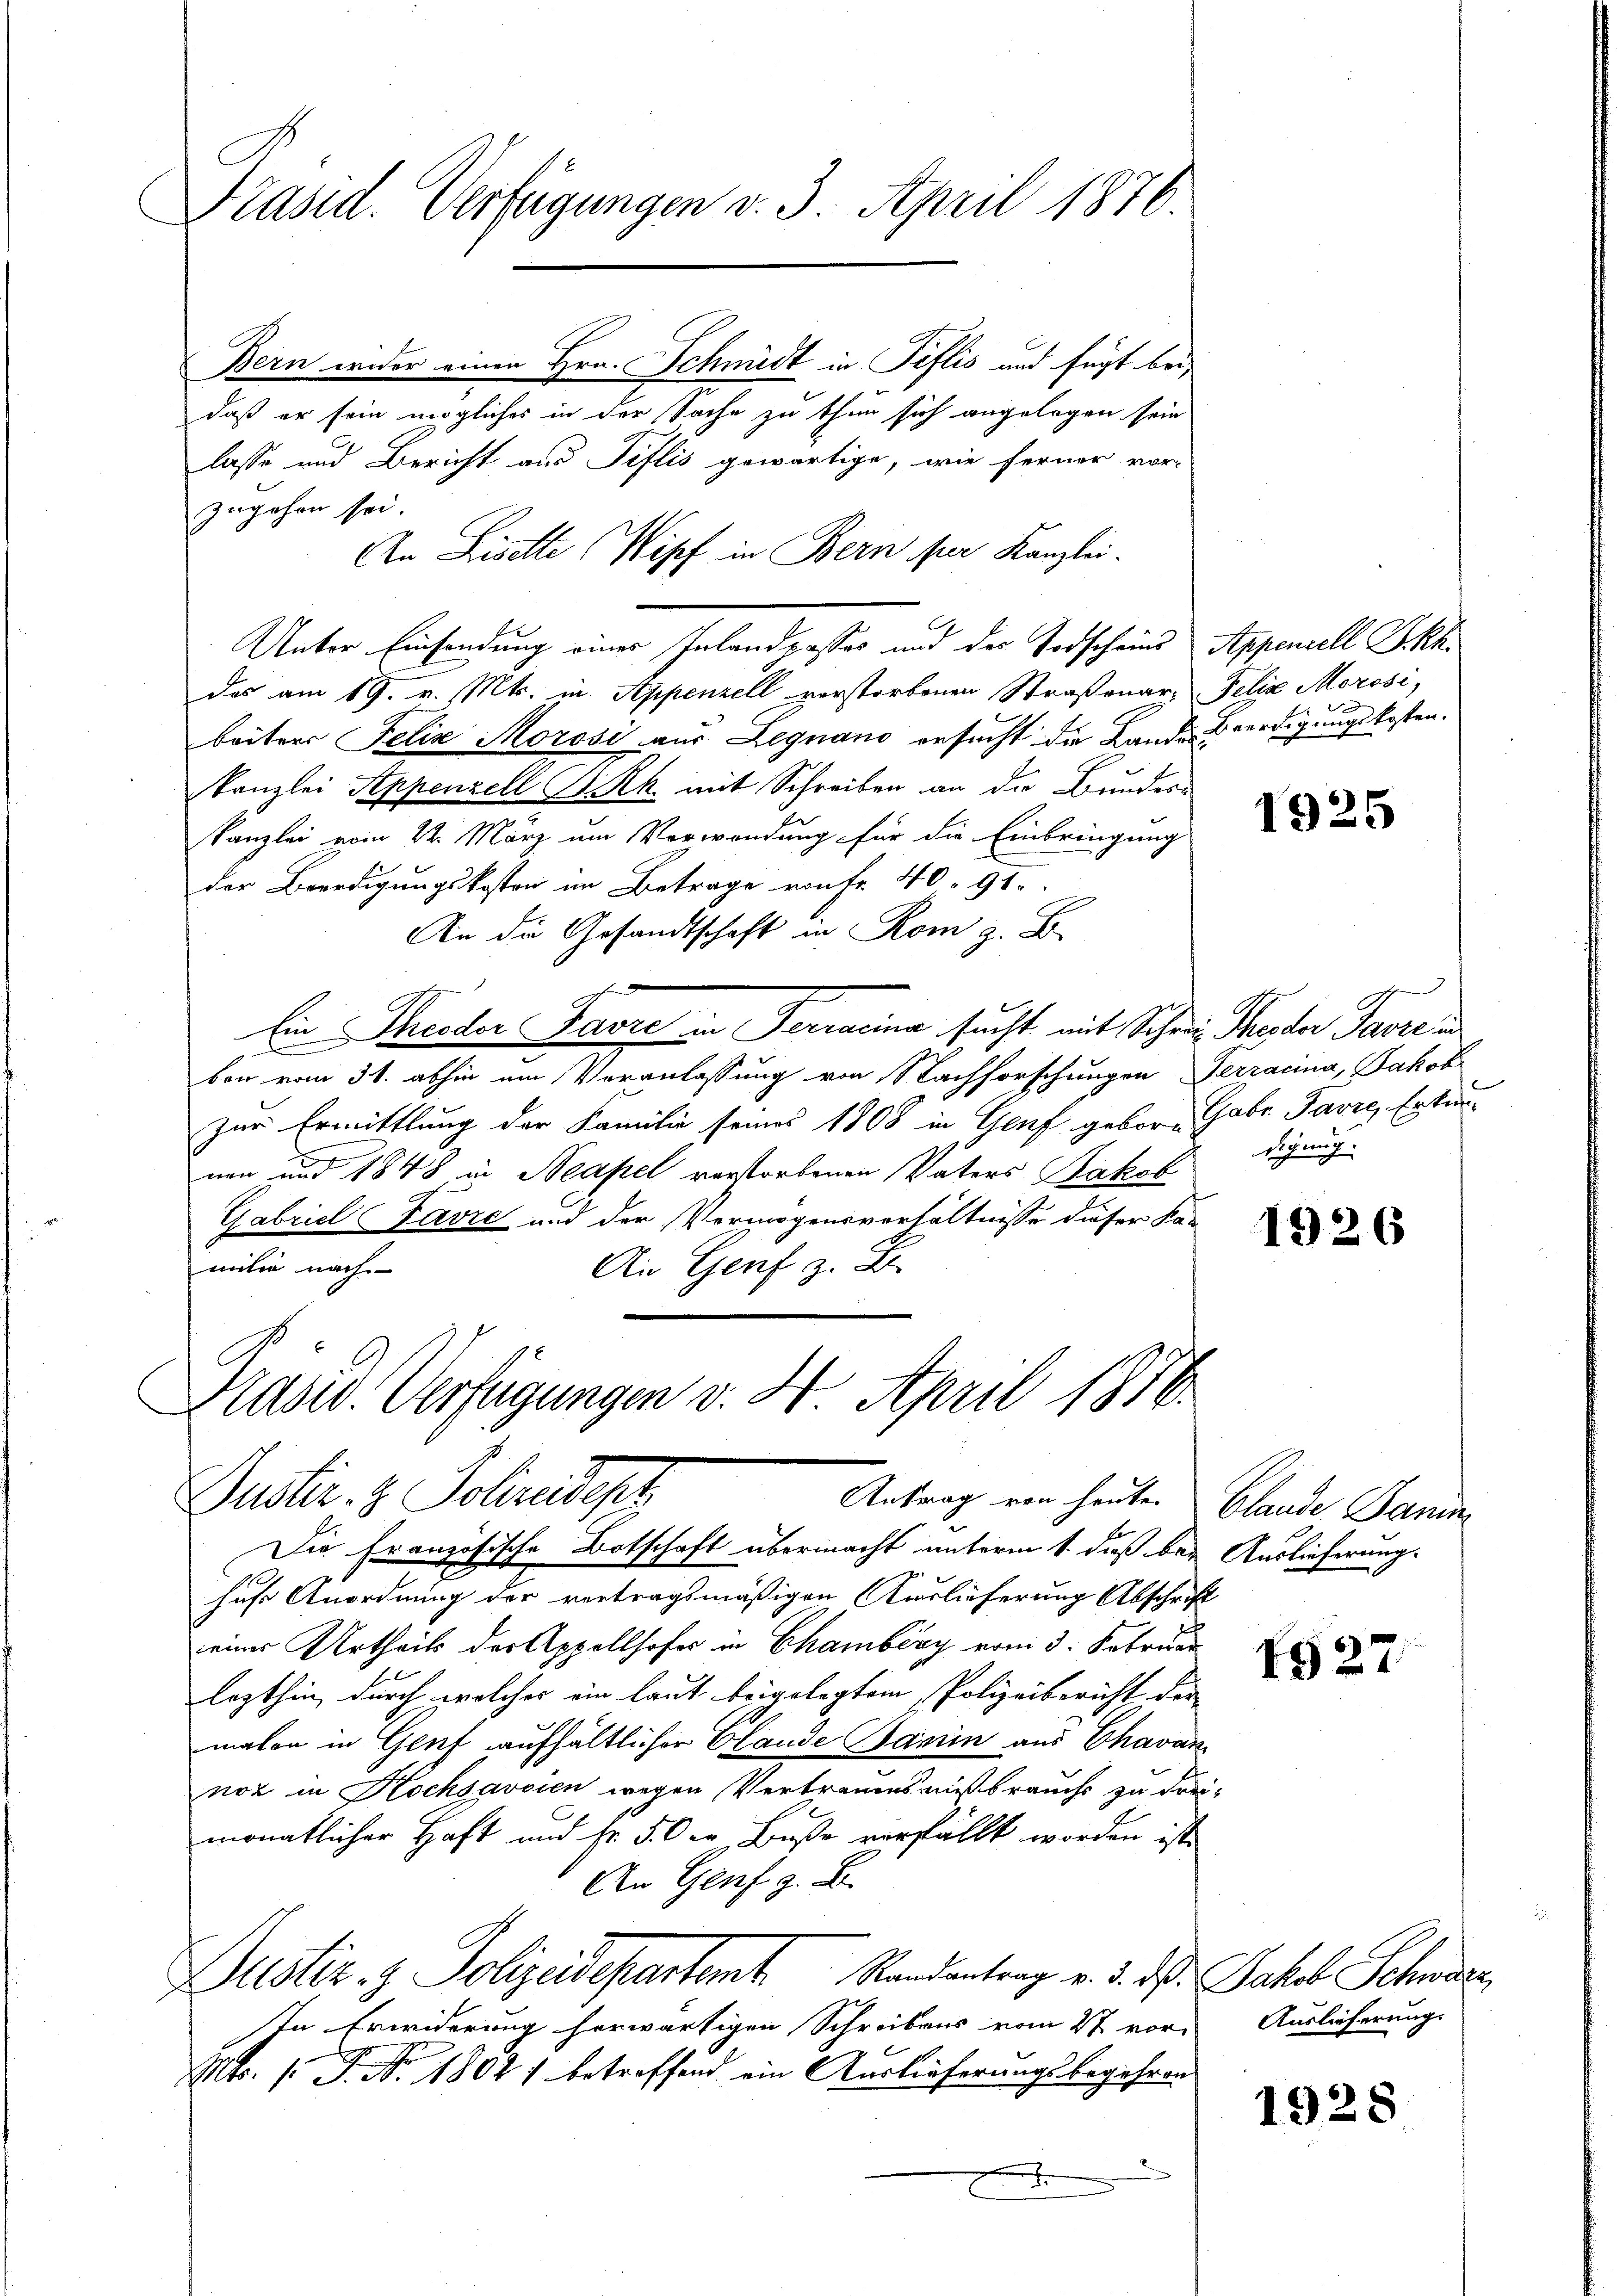
Präsid. Verfügungen v. 3. April 1876.

Bern weder einen Hrn. Schmidt in Pislis und fügt beidaß er sein mögliches in der Sache zu thun sich angelegen sein
lasse und Bericht aus Tiflis gewärtige, wie ferner vor-
zugehen sei.
An Liselte (Wipf in Bern per Kanzlei-
Unter Einsendung einer Inland posses und der Todscheins Appenzell B.Rh.
das am 19. v. Mts. in Appenzell verstorbenen Straßenar, Felix Morosi,
beiters Felix Morosi aus Legnano ersucht die Lande Beerdigungskosten.
Kanzlei Appenzell I.Rh. mit Schreiben an die Bundere
Kanzlei vom 22. März um Verwendung für die Einbringung
der Beerdigungskosten im Betrage von Fr. 40. 91.
An die Gesandtschaft in Rom z. B.
Ein Theoder Favre in Terrarina sucht mit Schen Peter Parre u
ben vom 31. abhin um Veranlassung von Nachforschungen Terracina, Jakob
zur Ermittlung der Familie seines 1808 in Genf gebor Gabe Favre, Erken-
nen und 1848 in Neapel verstorbenen Vaters Jakob
Gabriel Favre und der Vermögensverhältnisse dieser Fa-
milie nach
An Genf z. B.
Kasw. Verfügungen v. 4. April 1876.
Puster. z. Polizeidepa
Antrag von heute. Blande Bann
Die Französische Botschaft übermacht unterm 1. dieß bey Auslieferung.
hufe Anordnung der vertragsmäßigen Auslieferung Abschrift
eines Urtheils der Appellhofes in Chamberg vom 3. Februar
lezthin, durch welcher ein laut beigelegtem Polizeibericht der
malen in Genf aufhältlicher Claude Samin aus Chavan
not in Hochsavoien wegen Vertrauensmißbrauchs zu der
monatlicher Haft und fr. 5. Der Buße vorfallt worden ist.
An Genf z. B.
Justiz- & Polizeidepartent Randantrag v. 3. d. Jakob Schmerz
In Erwiderung herwärtigen Schreibens vom 27 vor-
Mts. 1. P. Nr. 18021 betreffend ein Auslieferungsbegehren
h

1925

digung.

1926

1927

Auslieferung.

1928